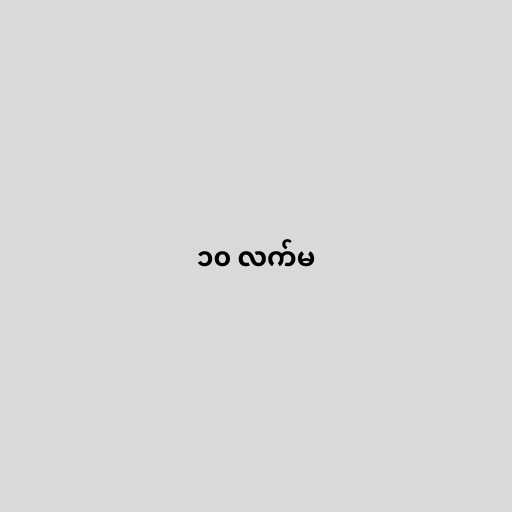
၁၀ လက်မ